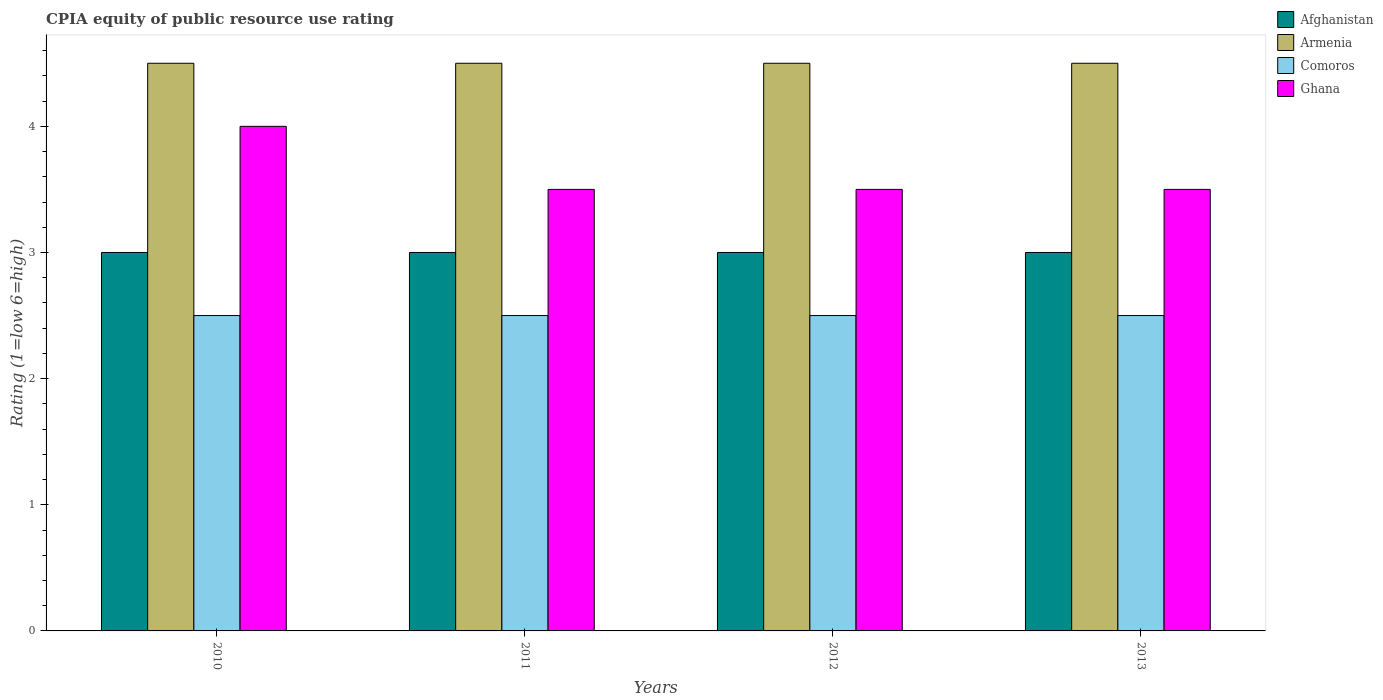
| Years | Afghanistan | Armenia | Comoros | Ghana |
 | --- | --- | --- | --- | --- |
 | 2010 | 3 | 4.5 | 2.5 | 4 |
 | 2011 | 3 | 4.5 | 2.5 | 3.5 |
 | 2012 | 3 | 4.5 | 2.5 | 3.5 |
 | 2013 | 3 | 4.5 | 2.5 | 3.5 |